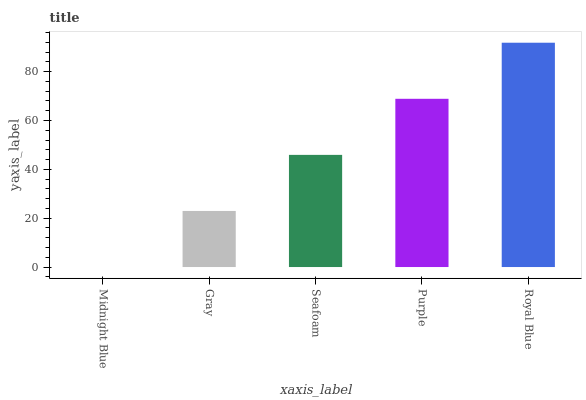
| xaxis_label | bars |
 | --- | --- |
 | Midnight Blue | 0 |
 | Gray | 23 |
 | Seafoam | 45.9 |
 | Purple | 68.9 |
 | Royal Blue | 91.9 |